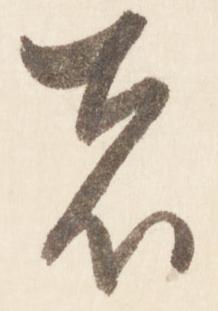
者